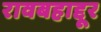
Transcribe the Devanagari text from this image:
रावबहाद्दूर